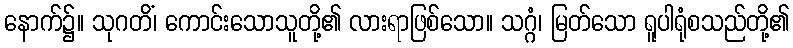
နောက်၌။ သုဂတိံ၊ ကောင်းသောသူတို့၏ လားရာဖြစ်သော။ သဂ္ဂံ၊ မြတ်သော ရူပါရုံစသည်တို့၏